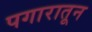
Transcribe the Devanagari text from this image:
पगारातून